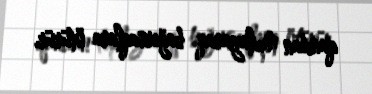
qandan toplayaraq bağırsaqlara ötürür.